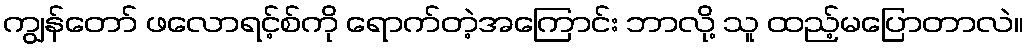
ကျွန်တော် ဖလောရင့်စ်ကို ရောက်တဲ့အကြောင်း ဘာလို့ သူ ထည့်မပြောတာလဲ။